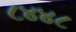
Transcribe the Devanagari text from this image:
८४४८